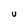
Character: U